Vaccination in Bombay 1902-1912 - 1902-1912
Year: 1902
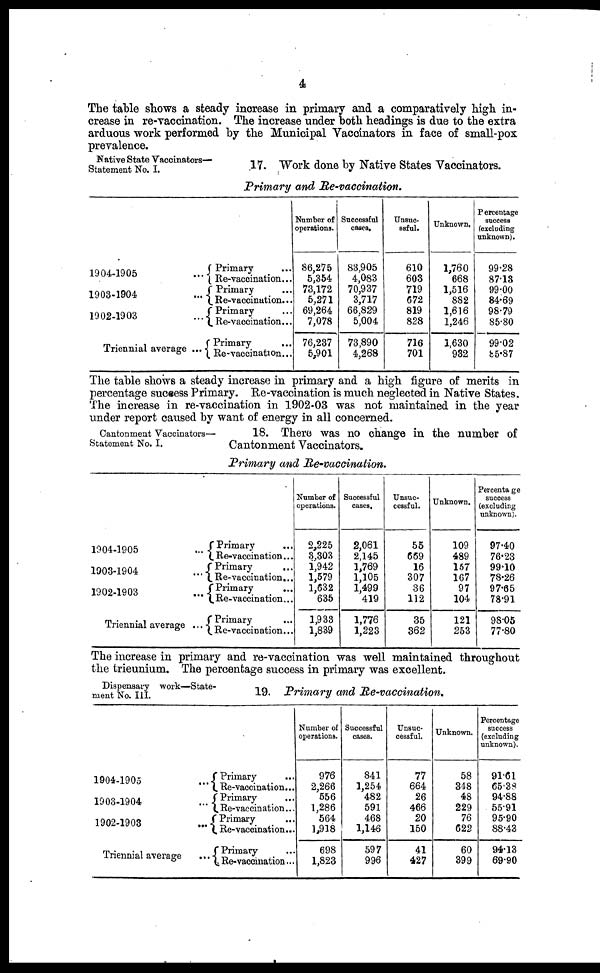
4
The table shows a steady increase in primary and a comparatively high in-
crease in re-vaccination. The increase under both headings is due to the extra
arduous work performed by the Municipal Vaccinators in face of small-pox
prevalence.
Native State Vaccinators—
Statement No. I.
17. Work done by Native States Vaccinators.
Primary and Re-vaccination.
1904-1905 ...
1903-1904 ...
1902-1903 ...
Triennial average ...
Primary ...
Re-vaccination...
Primary...
Re-vaccination...
Primary ...
Re-vaccination...
Primary ...
Re-vaccination...
Number of
operations.
86,275
5,354
73,172
5,271
69,264
7,078
76,237
5,901
Successful
cases.
83,905
4,083
70,937
3,717
66,829
5,004
73,890
4,268
Unsuc¬
ssful.
610
603
719
672
819
828
716
701
Unknown.
1,760
668
1,516
882
1,616
1,246
1,630
932
Percentage
success
(excluding
unknown).
99.28
87.13
99.00
84.69
98.79
85.80
99.02
85.87
The table shows a steady increase in primary and a high figure of merits in
percentage success Primary. Re-vaccination is much neglected in Native States.
The increase in re-vaccination in 1902-03 was not maintained in the year
under report caused by want of energy in all concerned.
Cantonment Vaccinators—
Statement No. I.
18. There was no change in the number of
Cantonment Vaccinators.
Primary and Re-vaccination.
1904-1905 ...
1903-1904 ...
1902-1903 ...
Triennial average ...
Primary
...
Re-vaccination...
Primary
...
Re-vaccination...
Primary...
Re-vaccination...
Primary
Re-vaccination...
Number of
operations.
2,225
3,303
1,942
1,579
1,632
635
1,933
1,839
Successful
cases.
2,061
2,145
1,769
1,105
1,499
419
1,776
1,223
Unsuc-
cessful.
55
669
16
307
36
112
35
362
Unknown.
109
489
157
167
97
104
121
253
Percentage
success
(excluding
unknown).
97.40
76.23
99.10
78.26
97.65
78.91
98.05
77.80
The increase in primary and re-vaccination was well maintained throughout
the trieunium. The percentage success in primary was excellent.
Dispensary work—State-
ment No. III.
19. Primary and Re-vaccination.
1904-1905 ...
1903-1904 ...
1902-1903 ...
Triennial average ...
Primary ...
Re-vaccination...
Primary ...
Re-vaccination...
Primary ...
Re-vaccination...
Primary ...
Re-vaccination...
Number of
operations.
976
2,266
556
1,286
564
1,918
698
1,823
Successful
cases.
841
1,254
482
591
468
1,146
597
996
Unsuc-
cessful.
77
664
26
466
20
150
41
427
Unknown.
58
348
48
229
76
622
60
399
Percentage
success
(excluding
unknown).
91.61
65.33
94.88
55.91
95.90
88.43
94.13
69.90